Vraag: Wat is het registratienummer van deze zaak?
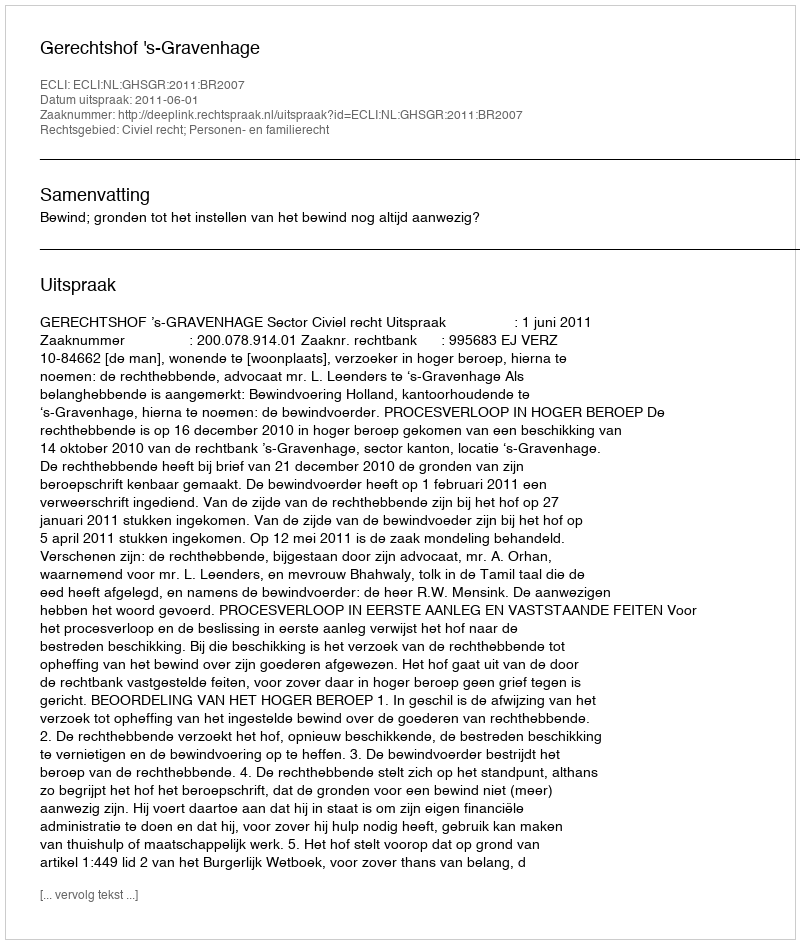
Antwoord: http://deeplink.rechtspraak.nl/uitspraak?id=ECLI:NL:GHSGR:2011:BR2007